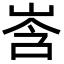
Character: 㟔